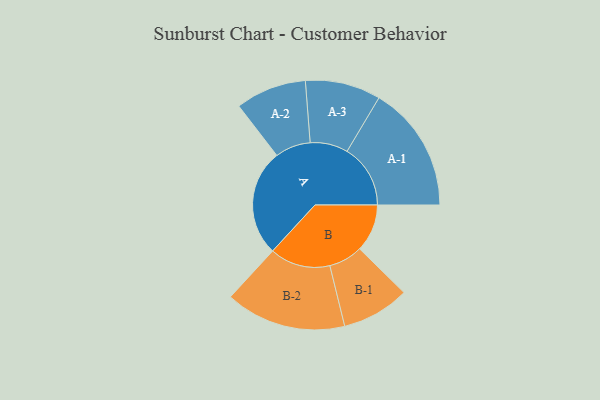
{"axis": {"x": "Segment", "y": "Value"}, "legend": ["", "A", "B"], "data": [{"x": "A", "y": 475, "type": ""}, {"x": "B", "y": 212, "type": ""}, {"x": "A-1", "y": 282, "type": "A"}, {"x": "A-2", "y": 158, "type": "A"}, {"x": "A-3", "y": 168, "type": "A"}, {"x": "B-1", "y": 151, "type": "B"}, {"x": "B-2", "y": 269, "type": "B"}]}